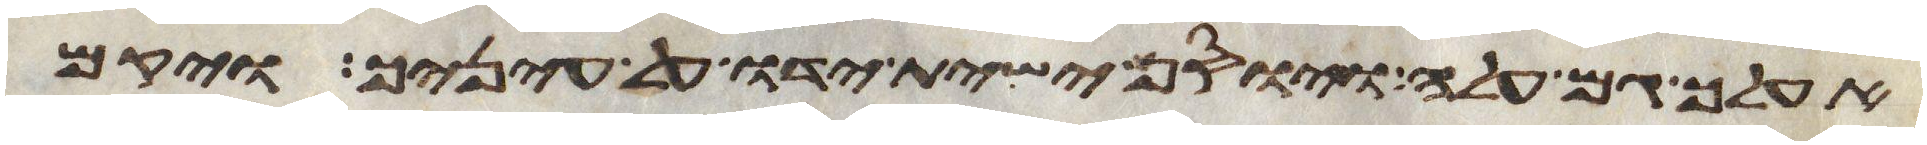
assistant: אעלך גם עלה ויוסף ישית ידיו על עיניך ויקם